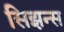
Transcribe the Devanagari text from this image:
सिझन्स